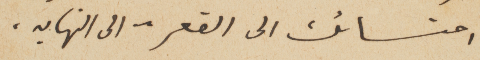
احتسائك الى القعر – الى النهايه.